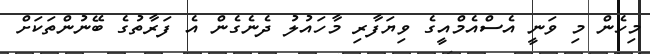
މިހެން މި ވަނީ އެސްއެމްއީގެ ވިޔަފާރި މާހައުލު ދެނެގެން އެ ފަރާތުގެ ބޭނުންތަކަށް